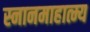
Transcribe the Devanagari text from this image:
स्नानमाहात्म्य